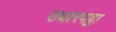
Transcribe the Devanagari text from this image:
उधारपट्टा